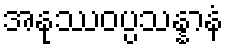
အနုဿဝပ္ပသန္နာနံ